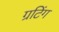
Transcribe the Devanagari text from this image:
ग्रटिंग